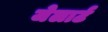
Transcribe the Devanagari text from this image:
जेलार्ट